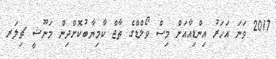
2017 ވަނަ އަހަރު އިންޑިއާއަށް މިސް ވޯލްޑްގެ ތާޖް ކާމިޔާބުކޮށްދިން މަނޫޝީ ޗިލަރ